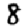
Digit: 8